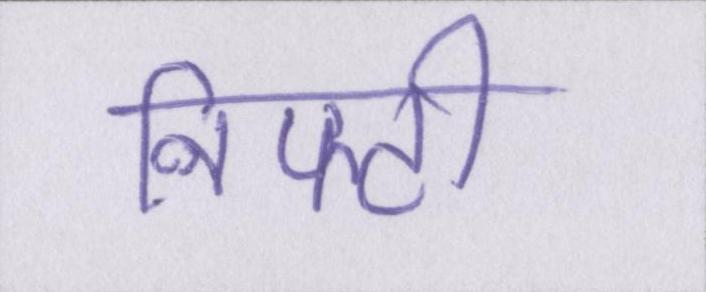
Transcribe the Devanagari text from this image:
निफ्टी